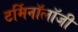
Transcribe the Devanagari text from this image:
टर्मिनॉलॉजी